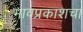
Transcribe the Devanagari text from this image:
भावप्रकाशचा